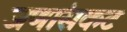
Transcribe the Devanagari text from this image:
जणांसकट